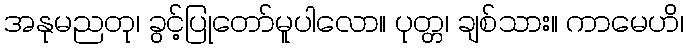
အနုမညတု၊ ခွင့်ပြုတော်မူပါလော။ ပုတ္တ၊ ချစ်သား။ ကာမေဟိ၊